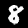
Label: 8